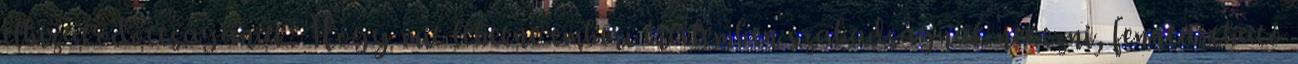
elbizakodottságának. Hogy mit lehetne emberi értelemben szabadságnak nevezni, fenntartható